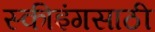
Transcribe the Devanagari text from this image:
स्कीइंगसाठी